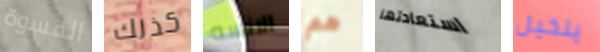
القسوة كذلك الانسه هم استعادتها يتخيل